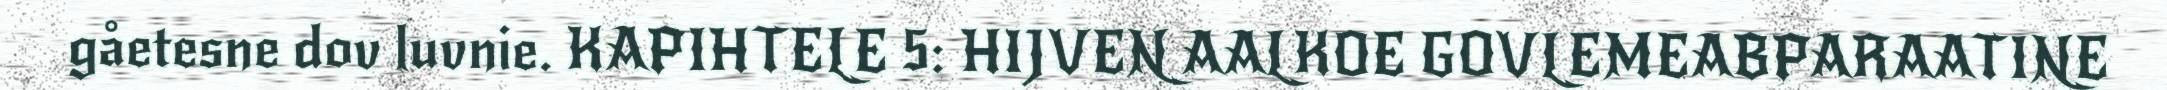
gåetesne dov luvnie. KAPIHTELE 5: HIJVEN AALKOE GOVLEMEABPARAATINE